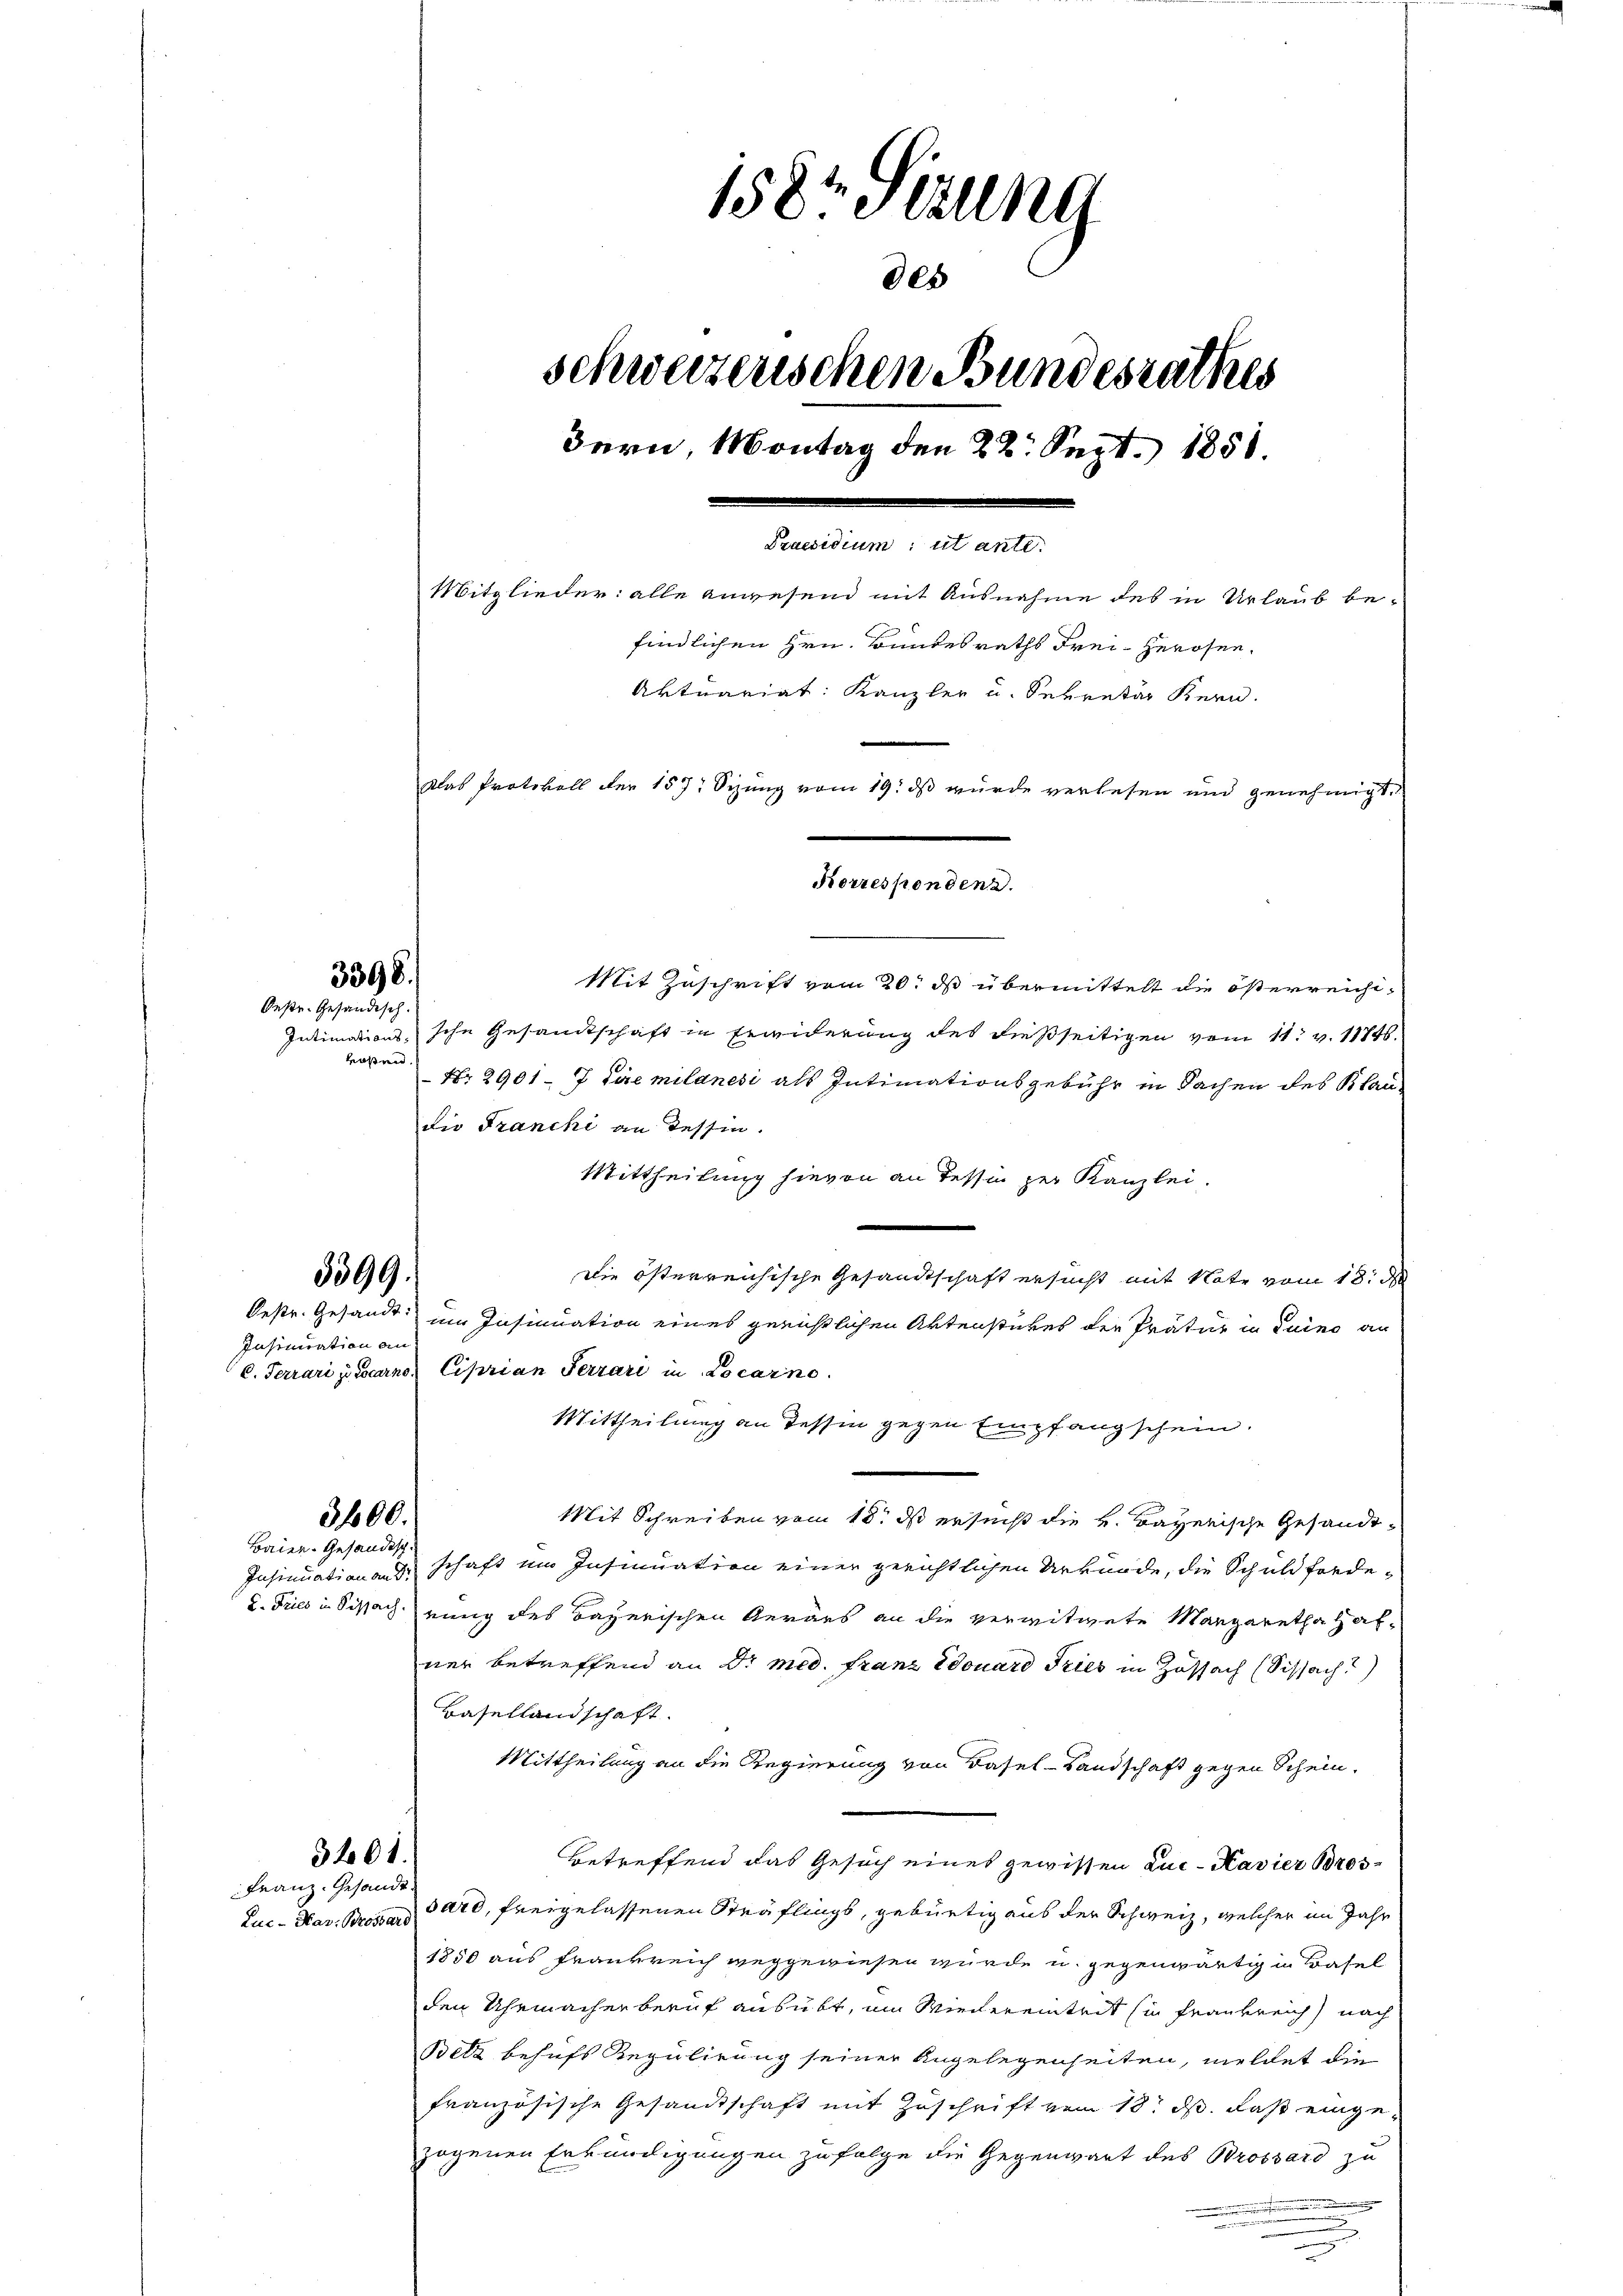
Oestr. Gesändisch.
roßen.

3398.

3399.

Insinuation an

3600.
Baier-Gesandtsch.

3401.
Franz. Gesandt

158 sezung
schweizerischen Bundesrathes
Bern, Montag den 22. Sept. 1858.
Praesidium ut ante.
Mitglieder: alle anwesend mit Ausnahme des in Urlaub be-
findlichen Hrn. Bundesraths Freiherofen.
Aktuariat: Kanzler u. Sekretär Kern.
Das Protokoll der 157. Sizung vom 19. ds wurde verlesen und genehmigt.
Korrespondene.

Mit Zuschrift vom 20. ds übermittelt die österreichi¬
Intimations, sche Gesandtschaft in Erwiderung des dießseitigen vom 11. v. 11746.
 Nr. 2901 - 7 die milanesi als Intimationsgebühr in Sachen des Blaudie Franchi an Tessin.
Mittheilung hievon an dessin zur Kanzlei.
Die österreichische Gesandtschaft ersucht mit Note vom 18. d
Oestr. Gesandt im Insinuation eines gerichtlichen Artenstückes der Trätur in Luino an
C. Ferrari pescarno. Ciprian Terrari in Locarno.
Mittheilung an Tessin gegen Empfangschein.
Mit Schreiben vom 18. ds ersucht die H. Bayerische Gesandt¬
Insinuation aus schaft ein Insinuation einer gerichtlichen Urkunde, die Schuldforde-
2. Tries in Sivahrung des Bayerischen Aerars an die verwitwete Margaretha hafner betreffend an Dr med. Franz Edouard Tries in Zassach (Sissach?)
Basellandschaft.
Mittheilung an die Regierung von Basel-Landschaft gegen Schein.
Betreffend das Gesuch eines gewissen Luc-Kavier Bros¬
Luc-Hav. Bros ad 270, freigelassenen Sträflings, gebürtig aus der Schweiz, welcher im Jahr
1850 aus Frankreich weggewiesen wurde u. gegenwärtig in Basel
den Uhrmacher beruf ausübt, um Wiedereintrit in Frankreich nach
Betz behufs Regulirung seiner Angelegenheiten, meldet die
französische Gesandtschaft mit Zuschrift vom 18. ds. das eingezogenen Erkundigungen zufolge die Gegenwart des Brossard zu
e
n

9es